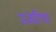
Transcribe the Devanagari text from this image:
उजरिया